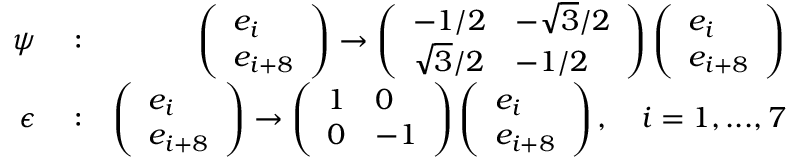
\begin{array} { r l r } { \psi } & { { } : } & { \left( \begin{array} { l } { e _ { i } } \\ { e _ { i + 8 } } \end{array} \right) \rightarrow \left( \begin{array} { l l } { - 1 / 2 } & { - \sqrt { 3 } / 2 } \\ { \sqrt { 3 } / 2 } & { - 1 / 2 } \end{array} \right) \left( \begin{array} { l } { e _ { i } } \\ { e _ { i + 8 } } \end{array} \right) } \\ { \epsilon } & { { } : } & { \left( \begin{array} { l } { e _ { i } } \\ { e _ { i + 8 } } \end{array} \right) \rightarrow \left( \begin{array} { l l } { 1 } & { 0 } \\ { 0 } & { - 1 } \end{array} \right) \left( \begin{array} { l } { e _ { i } } \\ { e _ { i + 8 } } \end{array} \right) , \quad i = 1 , . . . , 7 } \end{array}